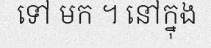
ទៅ មក ។ នៅក្នុង